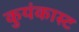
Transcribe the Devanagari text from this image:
कुयंकास्ट